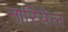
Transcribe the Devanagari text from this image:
नारियेल